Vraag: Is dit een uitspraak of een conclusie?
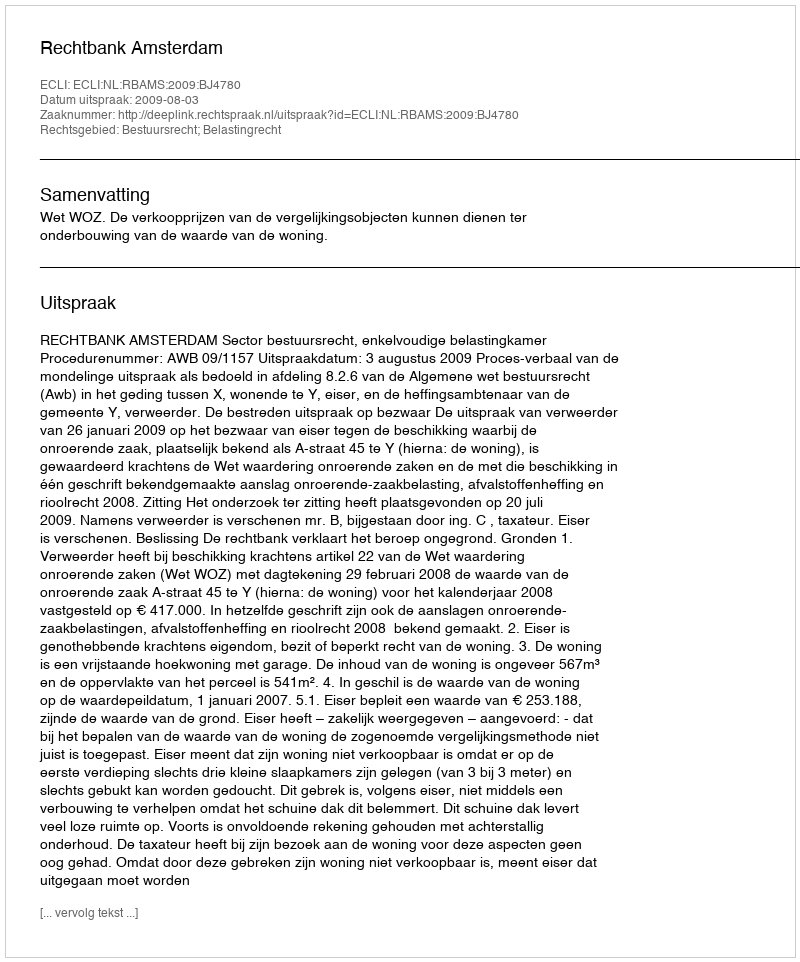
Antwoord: Uitspraak